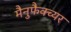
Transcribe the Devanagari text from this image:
मैनुफैक्च्यर